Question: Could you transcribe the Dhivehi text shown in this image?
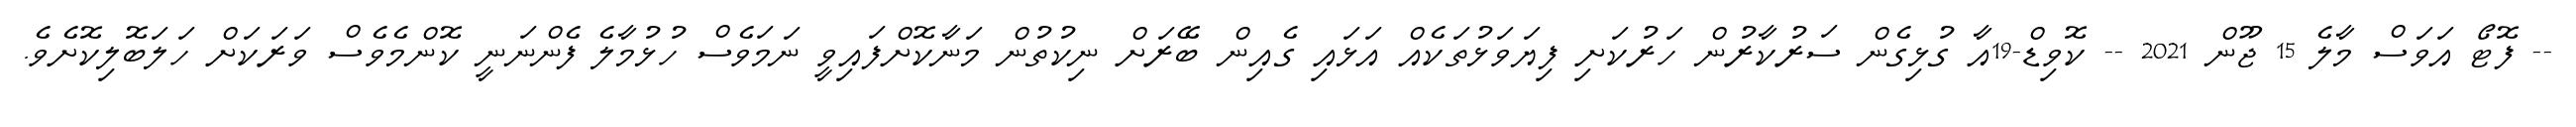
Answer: -- ފޮޓޯ އަވަސް މާލެ 15 ޖޫން 2021 -- ކޮވިޑް-19އާ ގުޅިގެން ސަރުކާރުން ހަރުކަށި ފިޔަވަޅުތަކެއް އަޅައި ގެއިން ބޭރަށް ނިކުތުން މަނާކޮށްފައިވީ ނަމަވެސް ހުޅުމާލެ ފެންނަނީ ކޮންމެވެސް ވަރަކަށް ހަލަބޮލިކޮށެވެ.